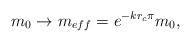
\begin{align*}m_0 \to m_{eff} = e^{-kr_c\pi}m_0 ,\end{align*}